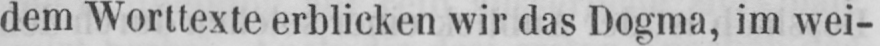
dem Worttexte erblicken wir das Dogma, im wei-